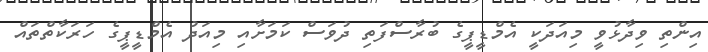
އިންތި ވިދާޅުވީ މިއަދަކީ އެމްޑީޕީގެ ބުރާސްފަތި ދުވަސް ކަމަށާއި މިއަދު އެމްޑީޕީގެ ހަރަކާތްތައް